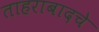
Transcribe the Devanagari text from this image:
ताहराबादचे